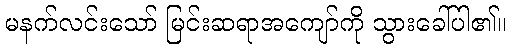
မနက်လင်းသော် မြင်းဆရာအကျော်ကို သွားခေါ်ပါ၏။